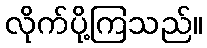
လိုက်ပို့ကြသည်။